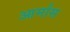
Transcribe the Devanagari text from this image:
आर्मास